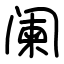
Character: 阑